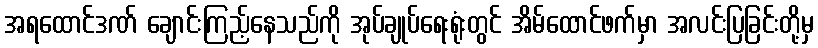
အရထောင်ဒဏ် ချောင်းကြည့်နေသည်ကို အုပ်ချုပ်ရေးရုံးတွင် အိမ်ထောင်ဖက်မှာ အလင်းပြခြင်းတို့မှ